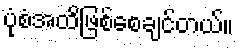
ပုံစံအထိဖြစ်စေချင်တယ်။